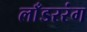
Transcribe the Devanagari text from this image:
लाँडररंग